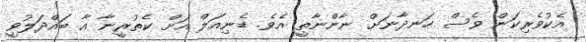
އެކުވެރިކަން ވެސް ހަނދާނަށް ނާންނާތީ އެވެ. ޑެނިއަލް އަށް ކެތުރީނާ އާ ބައްދަލުވީ